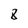
Character: 8